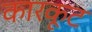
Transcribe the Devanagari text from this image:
कारकूट